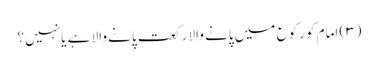
(۳) امام کو رکوع میں پانے والا رکعت پانے والا ہے یا نہیں؟